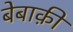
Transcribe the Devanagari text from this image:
बेबाक़ी